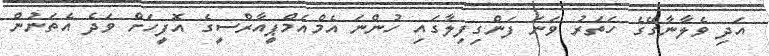
އަދި ވެލާނާގޭގެ ހަތަރު ވަނަ ފަންގިފިލާގައި ހުންނަ އެމްއެމްޕީއާރްސީގެ އޮފީހަށް ވަދެ އެތަނުން